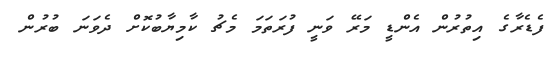
ފެޑެރާގެ އިތުރުން އެންޑީ މަރޭ ވަނީ ފުރަތަމަ މެޗު ކާމިޔާބުކޮށް ދެވަނަ ބުރުން